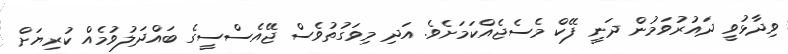
ވިދާޅުވީ ދައުރުވަމުން ދަނީ ފޭކް މެސެޖެއްކަމަށެވެ. އަދި މިވަގުތުވެސް ޖޭއެސްސީގެ ބައްދަލުވުމެއް ކުރިޔަށް